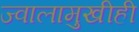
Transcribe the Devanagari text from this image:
ज्वालामुखीही